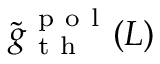
\tilde { g } _ { \mathrm { ~ t ~ h ~ } } ^ { \mathrm { ~ p ~ o ~ l ~ } } ( L )